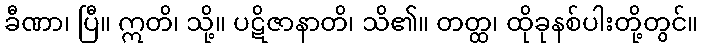
ခီဏာ၊ ပြီ။ ဣတိ၊ သို့။ ပဋိဇာနာတိ၊ သိ၏။ တတ္ထ၊ ထိုခုနစ်ပါးတို့တွင်။